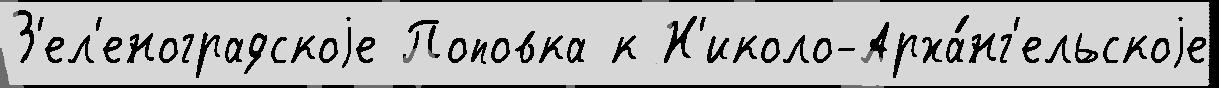
З'ел'еноградскоjе Поповка к Н'иколо-Арха́нг'ельскоjе